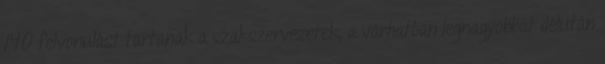
140 felvonulást tartanak a szakszervezetek, a várhatóan legnagyobbat délután